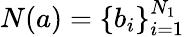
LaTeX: N(a)=\left\{ b_{i}\right\} _{i=1}^{N_{1}}